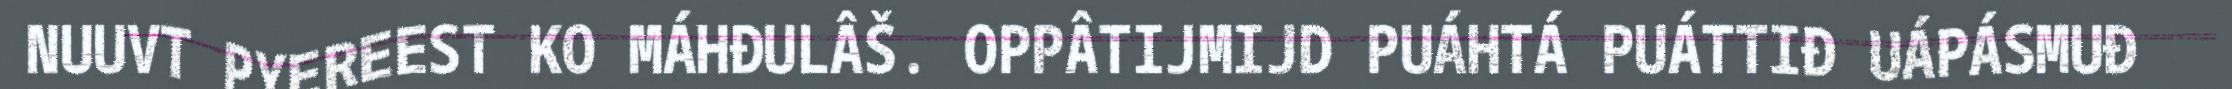
NUUVT PYEREEST KO MÁHĐULÂŠ. OPPÂTIJMIJD PUÁHTÁ PUÁTTIĐ UÁPÁSMUĐ